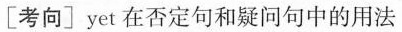
[考向]yet 在否定句和疑问句中的用法